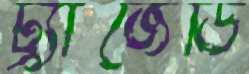
ট্র্যাজেডি